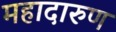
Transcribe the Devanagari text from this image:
महादारुण